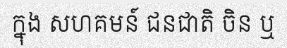
ក្នុង សហគមន៍ ជនជាតិ ចិន ឬ